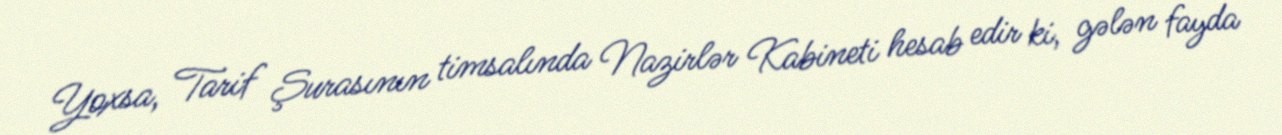
Yoxsa, Tarif Şurasının timsalında Nazirlər Kabineti hesab edir ki, gələn fayda